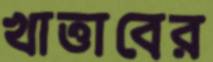
খাত্তাবের